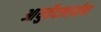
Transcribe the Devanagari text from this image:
आयुर्वेदाचार्यांना